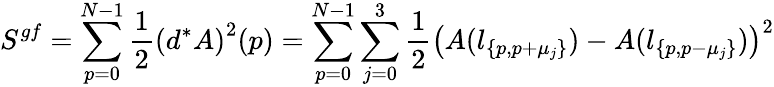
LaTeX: S^{gf}=\sum_{p=0}^{N-1}\frac{1}{2}\left(d^{\ast}A\right)^{2}(p)=\sum_{p=0}^{N-1}\sum_{j=0}^{3}\frac{1}{2}\left(A(l_{\{ p,p+\mu_{j}\} })-A(l_{\{ p,p-\mu_{j}\} })\right)^{2}